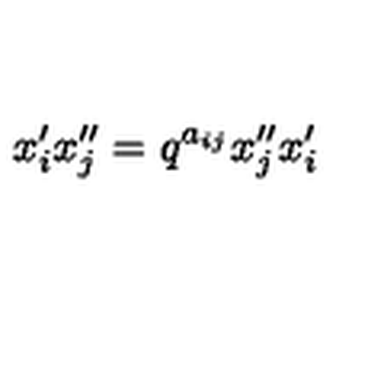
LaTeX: { x } _ { i } ^ { \prime } { x } _ { j } ^ { \prime \prime } = q ^ { a _ { i j } } { x } _ { j } ^ { \prime \prime } { x } _ { i } ^ { \prime }